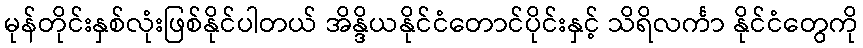
မုန်တိုင်းနှစ်လုံးဖြစ်နိုင်ပါတယ် အိန္ဒိယနိုင်ငံတောင်ပိုင်းနှင့် သိရိလင်္ကာ နိုင်ငံတွေကို